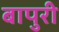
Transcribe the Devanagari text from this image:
बापुरी